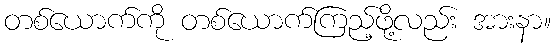
တစ်ယောက်ကို တစ်ယောက်ကြည့်ဖို့လည်း အားနာ။